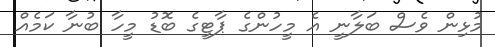
މުޅިން ވެސް ބަލާނީ އެ މީހުންގެ ޕާޓީގެ ބޮޑު މީހާ ބުނާ ކަމެއް